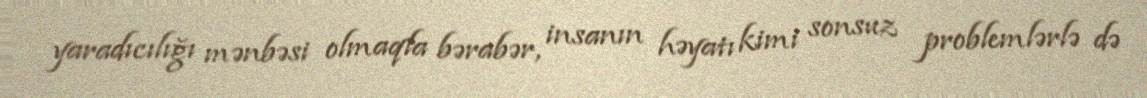
yaradıcılığı mənbəsi olmaqla bərabər, insanın həyatı kimi sonsuz problemlərlə də